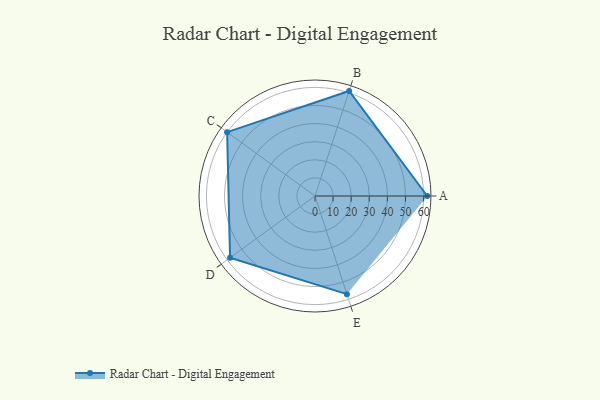
{"axis": {"x": "Skill", "y": "Score"}, "legend": ["Profile"], "data": [{"x": "A", "y": 62.0, "type": "Profile"}, {"x": "B", "y": 61.0, "type": "Profile"}, {"x": "C", "y": 60.0, "type": "Profile"}, {"x": "D", "y": 58.0, "type": "Profile"}, {"x": "E", "y": 57.0, "type": "Profile"}]}